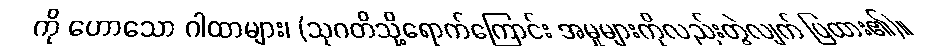
ကို ဟောသော ဂါထာများ၊ (သုဂတိသို့ရောက်ကြောင်း အမှုများကိုလည်းတွဲလျက် ပြထား၏)။